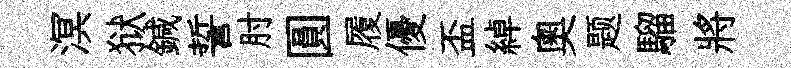
溟狱鍼誓肘圓履優盃綽奧题騮將